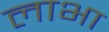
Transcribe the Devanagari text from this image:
लाभा